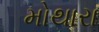
મોથારા